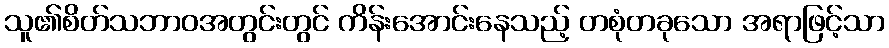
သူ၏စိတ်သဘာဝအတွင်းတွင် ကိန်းအောင်းနေသည့် တစုံတခုသော အရာဖြင့်သာ